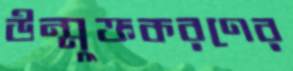
উন্মুক্তকরণের